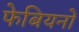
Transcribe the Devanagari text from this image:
फेबियनों